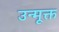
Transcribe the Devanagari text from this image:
उन्मूक्त